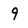
Character: 9